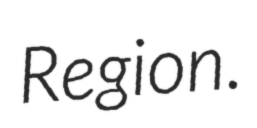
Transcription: Region.